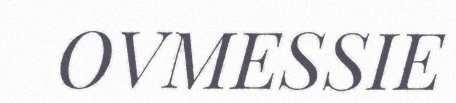
OVMESSIE